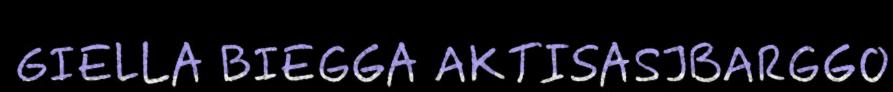
GIELLA BIEGGA AKTISASJBARGGO